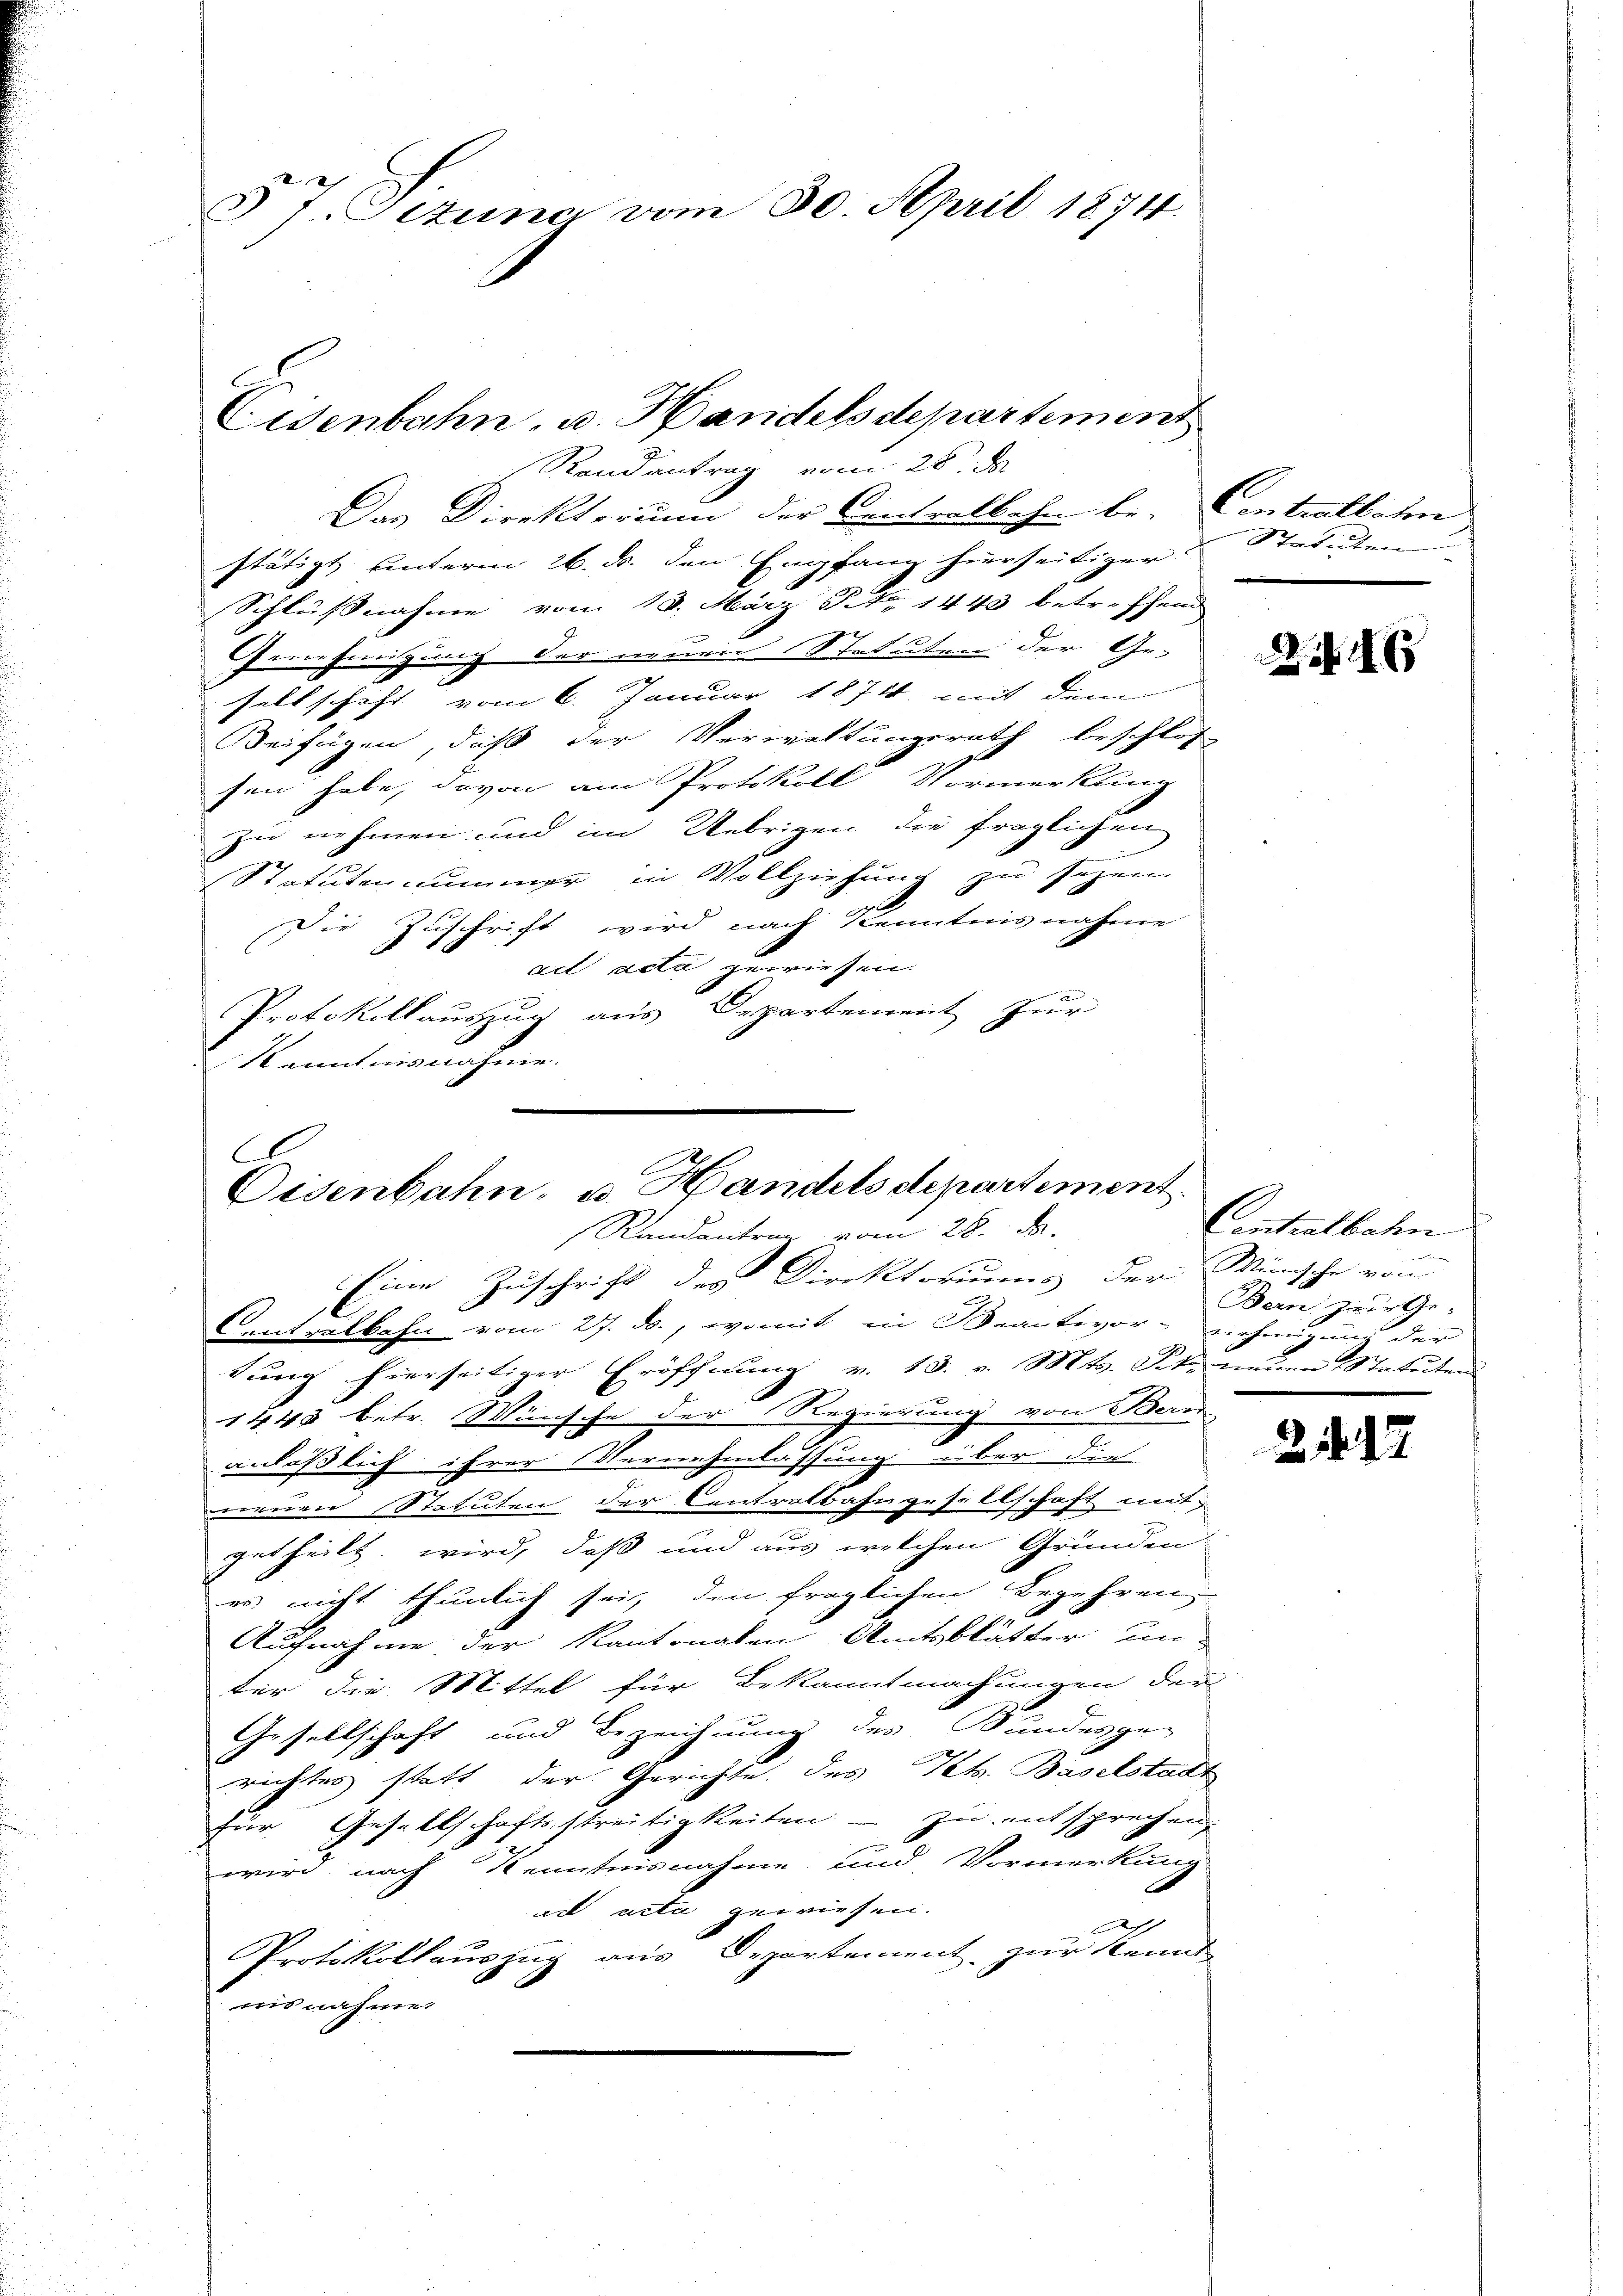
§ 7. Jezuna vom 30. April 1874.

Randantrag vom 28. d.
Das Direktorium der Centralbahn be- Centralbahn
stätigt unterm 26. d. den Empfang hierseitiger
Schlußnahme vom 18. März d. 1443 betreffend
2
Genehmigung der neuen Statuten der Ge-
sellschaft vom 6. Januar 1871 mit dem
Beifügen, daß der Verwaltungsrath beschlos
sen habe, davon am Protokoll Vormerkung
zu nehmen und im Uebrigen die fraglichen
Statutensummer in Vollziehung zu sezen.
Die Zuschrift wird nach Kenntnisnahme
ad acta gewiesen.
Protokollauszug aus Departement zur
Kenntnisnahme.

tung hierseitiger Eröffnung v. 13. v. Mts. Sie neuen Statuten
1443 betr. Wünsche der Regierung von Bern
anlässlich ihrer Vernehmlassung über die

neuen Statuten der Centralbahngesellschaft mit
getheilt wird, daß und aus welchen Gründen
es nicht thunlich sei, den fraglichen Begehren
Aufnahme der Kantonalen Amtsblätter un-
ter die Mittel für Bekanntmachungen der
Gesellschaft und Bezeichnung des Bundesge-
richtes statt der Gerichte des Kt. Baselstadt
für Gesellschaftsstreitigkeiten - zu entsprechen,
wird nach Kenntnisnahme und Vormerkung
ad acta gewiesen.
Protokollauszug aus Departement zur Kennt
ins nahmen

Cisenbahn, u. Handelsdepartement

A
Oisenbahn, u. Handelsdepartement
Randantrag vom 28. Ja.
Eine Zuschrift des Direktoriums der Wünsche von
n
Centralbahn vom 27. ds., womit in Beantwor-nehmigung der

Statuten

6

Centiatbahn
Bern zur Ge-
.

2 1

1